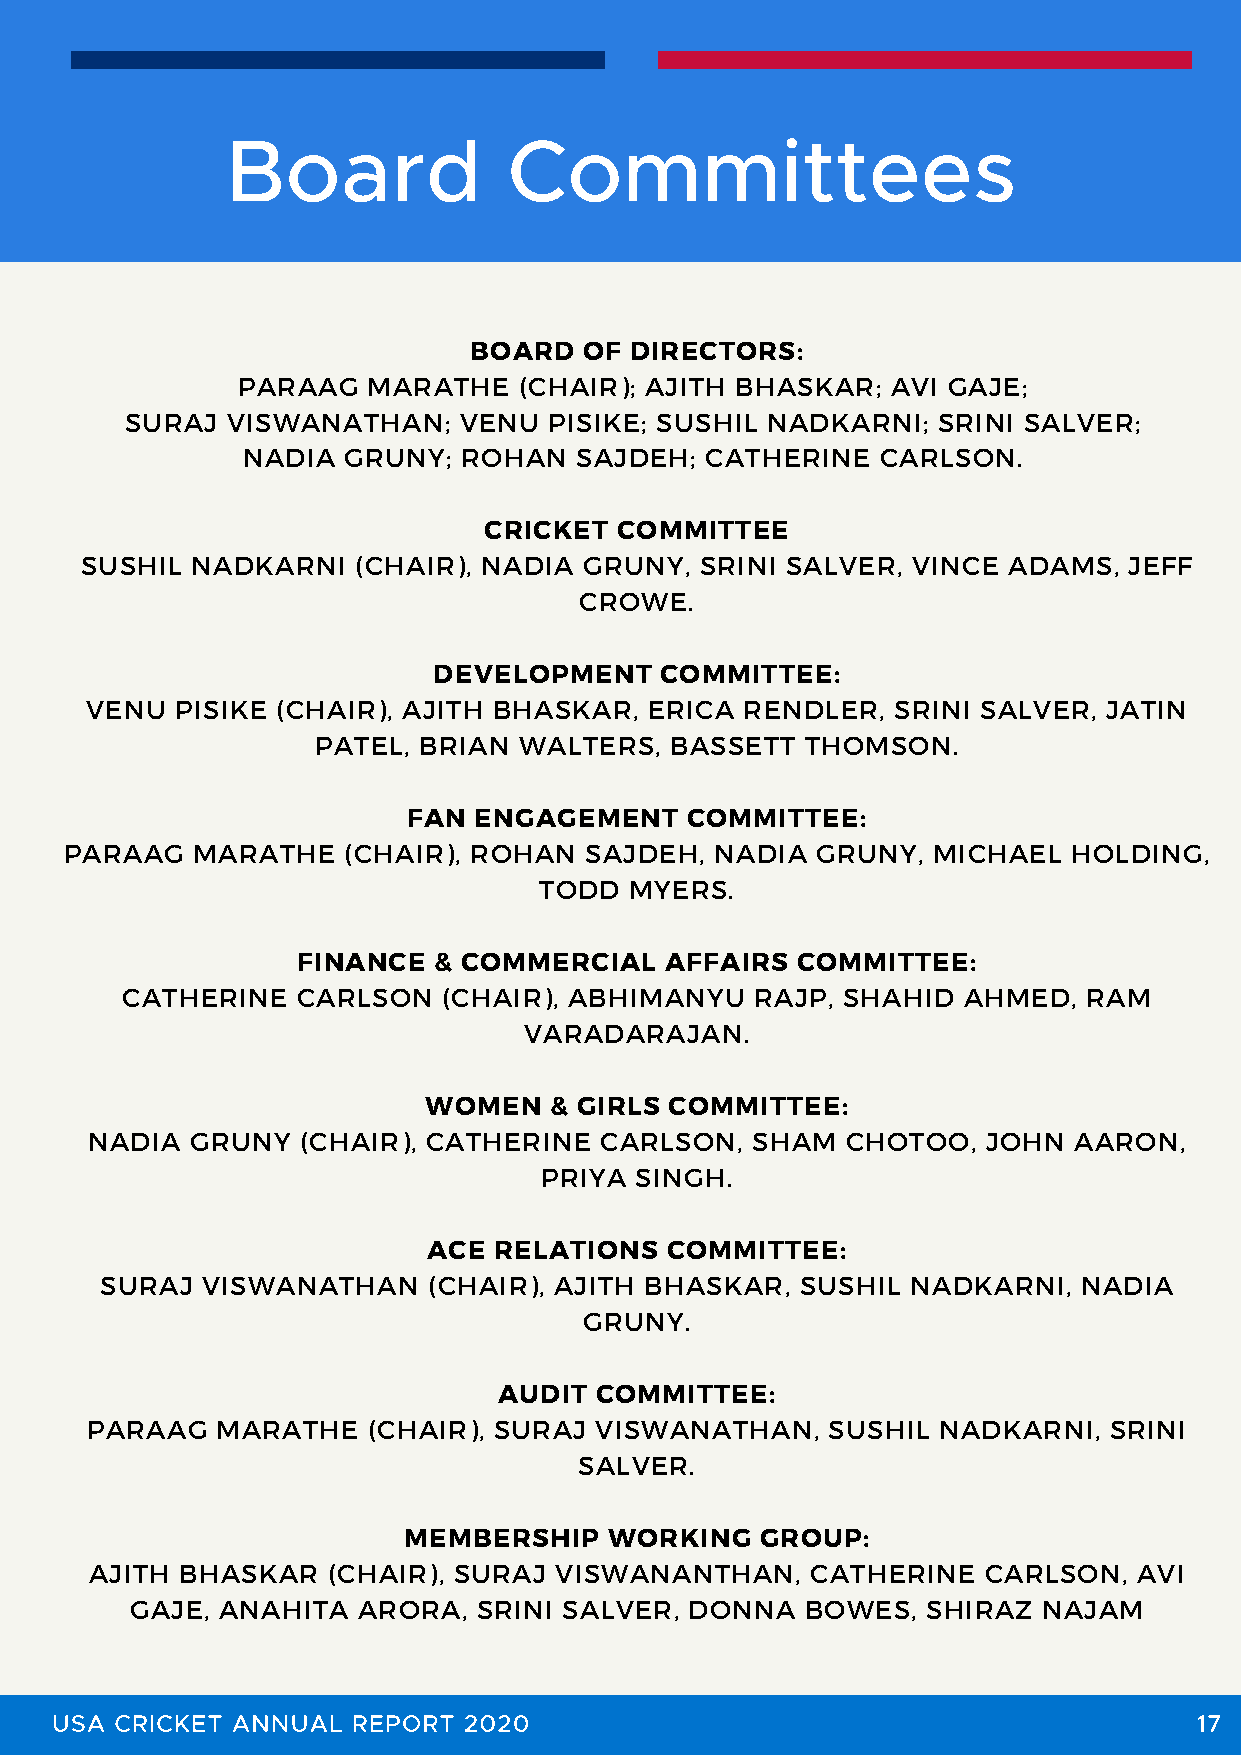
Board              Committees
 BOARD   OF DIRECTORS:
 PARAAG  MARATHE   (CHAIR); AJITH BHASKAR;  AVI GAJE;
 SURAJ  VISWANATHAN;   VENU  PISIKE; SUSHIL NADKARNI;  SRINI SALVER;
 NADIA  GRUNY;  ROHAN  SAJDEH;  CATHERINE  CARLSON.
 CRICKET  COMMITTEE
 SUSHIL  NADKARNI   (CHAIR), NADIA GRUNY, SRINI SALVER, VINCE  ADAMS,  JEFF
 CROWE.
 DEVELOPMENT    COMMITTEE:
 VENU  PISIKE (CHAIR), AJITH BHASKAR, ERICA RENDLER,  SRINI SALVER, JATIN
 PATEL, BRIAN WALTERS,  BASSETT  THOMSON.
 FAN ENGAGEMENT    COMMITTEE:
 PARAAG   MARATHE   (CHAIR), ROHAN  SAJDEH, NADIA  GRUNY,  MICHAEL  HOLDING,
 TODD  MYERS.
 FINANCE  & COMMERCIAL   AFFAIRS  COMMITTEE:
 CATHERINE   CARLSON  (CHAIR), ABHIMANYU   RAJP, SHAHID  AHMED,  RAM
 VARADARAJAN.
 WOMEN   & GIRLS COMMITTEE:
 NADIA  GRUNY  (CHAIR), CATHERINE  CARLSON,  SHAM  CHOTOO,  JOHN  AARON,
 PRIYA SINGH.
 ACE  RELATIONS  COMMITTEE:
 SURAJ VISWANATHAN    (CHAIR), AJITH BHASKAR,  SUSHIL NADKARNI,   NADIA
 GRUNY.
 AUDIT COMMITTEE:
 PARAAG  MARATHE   (CHAIR), SURAJ VISWANATHAN,    SUSHIL NADKARNI,  SRINI
 SALVER.
 MEMBERSHIP   WORKING   GROUP:
 AJITH BHASKAR   (CHAIR), SURAJ VISWANANTHAN,    CATHERINE  CARLSON,  AVI
 GAJE, ANAHITA  ARORA,  SRINI SALVER, DONNA  BOWES,  SHIRAZ  NAJAM
 USA  CRICKET ANNUAL REPORT  2020                                            17